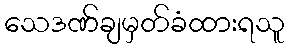
သေဒဏ်ချမှတ်ခံထားရသူ